Indian journal of veterinary science and animal husbandry - Volumes 18-21, 1948-1951
Year: 1948
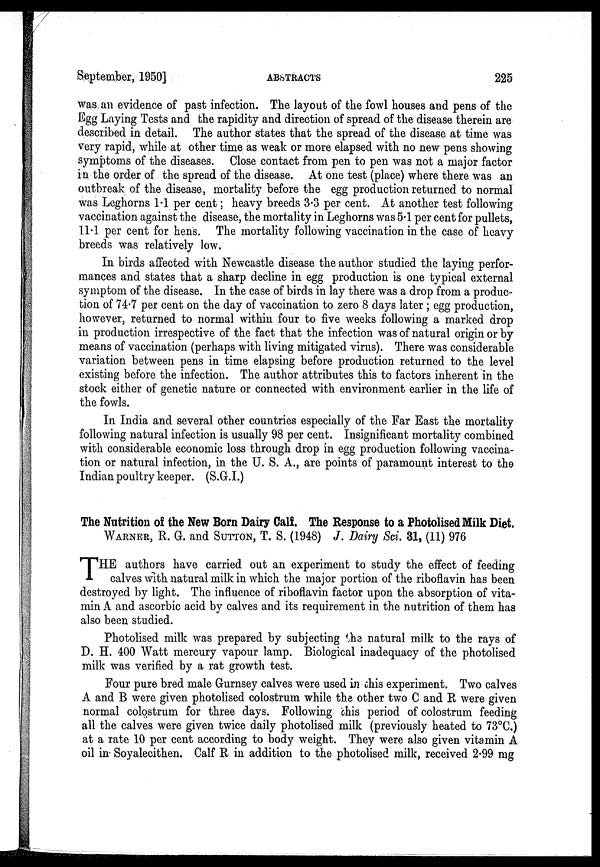
September, 1950]
ABSTRACTS
225
was an evidence of past infection. The layout of the fowl houses and pens of the
Egg Laying Tests and the rapidity and direction of spread of the disease therein are
described in detail. The author states that the spread of the disease at time was
very rapid, while at other time as weak or more elapsed with no new pens showing
symptoms of the diseases. Close contact from pen to pen was not a major factor
in the order of the spread of the disease. At one test (place) where there was an
outbreak of the disease, mortality before the egg production returned to normal
was Leghorns 1.1 per cent ; heavy breeds 3.3 per cent. At another test following
vaccination against the disease, the mortality in Leghorns was 5.1 per cent for pullets,
11.1 per cent for hens. The mortality following vaccination in the case of heavy
breeds was relatively low.
In birds affected with Newcastle disease the author studied the laying perfor-
mances and states that a sharp decline in egg production is one typical external
symptom of the disease. In the case of birds in lay there was a drop from a produc-
tion of 74.7 per cent on the day of vaccination to zero 8 days later ; egg production,
however, returned to normal within four to five weeks following a marked drop
in production irrespective of the fact that the infection was of natural origin or by
means of vaccination (perhaps with living mitigated virus). There was considerable
variation between pens in time elapsing before production returned to the level
existing before the infection. The author attributes this to factors inherent in the
stock either of genetic nature or connected with environment earlier in the life of
the fowls.
In India and several other countries especially of the Far East the mortality
following natural infection is usually 98 per cent. Insignificant mortality combined
with considerable economic loss through drop in egg production following vaccina-
tion or natural infection, in the U. S. A., are points of paramount interest to the
Indian poultry keeper. (S.G.I.)
The Nutrition of the New Born Dairy Calf. The Response to a Photolised Milk Diet.
WARNER, R. G. and SUTTON, T. S. (1948) J. Dairy Sci. 31, (11) 976
T HE authors have carried out an experiment to study the effect of feeding
calves with natural milk in which the major portion of the riboflavin has been
destroyed by light. The influence of riboflavin factor upon the absorption of vita-
min A and ascorbic acid by calves and its requirement in the nutrition of them has
also been studied.
Photolised milk was prepared by subjecting the natural milk to the rays of
D. H. 400 Watt mercury vapour lamp. Biological inadequacy of the photolised
milk was verified by a rat growth test.
Four pure bred male Gurnsey calves were used in this experiment. Two calves
A and B were given photolised colostrum while the other two C and R were given
normal colostrum for three days. Following this period of colostrum feeding
all the calves were given twice daily photolised milk (previously heated to 73°C.)
at a rate 10 per cent according to body weight. They were also given vitamin A
oil in Soyalecithen. Calf R in addition to the photolised milk, received 2.99 mg